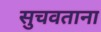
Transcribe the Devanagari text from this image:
सुचवताना